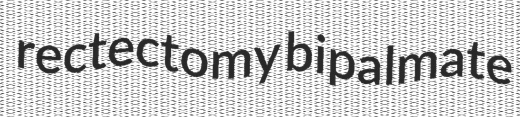
rectectomy bipalmate